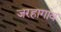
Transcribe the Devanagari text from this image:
जरहागांव